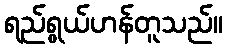
ရည်ရွယ်ဟန်တူသည်။